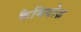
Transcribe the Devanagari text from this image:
कैमियोज़